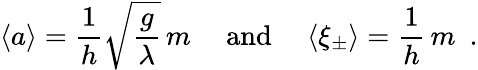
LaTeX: \langle a\rangle=\frac{1}{h}\sqrt{\frac{g}{\lambda}}\, m\, \, \, \, \, \, \mathrm{~and~}\, \, \, \, \, \, \langle\xi_{\pm}\rangle=\frac{1}{h}\, m\, \, \, .